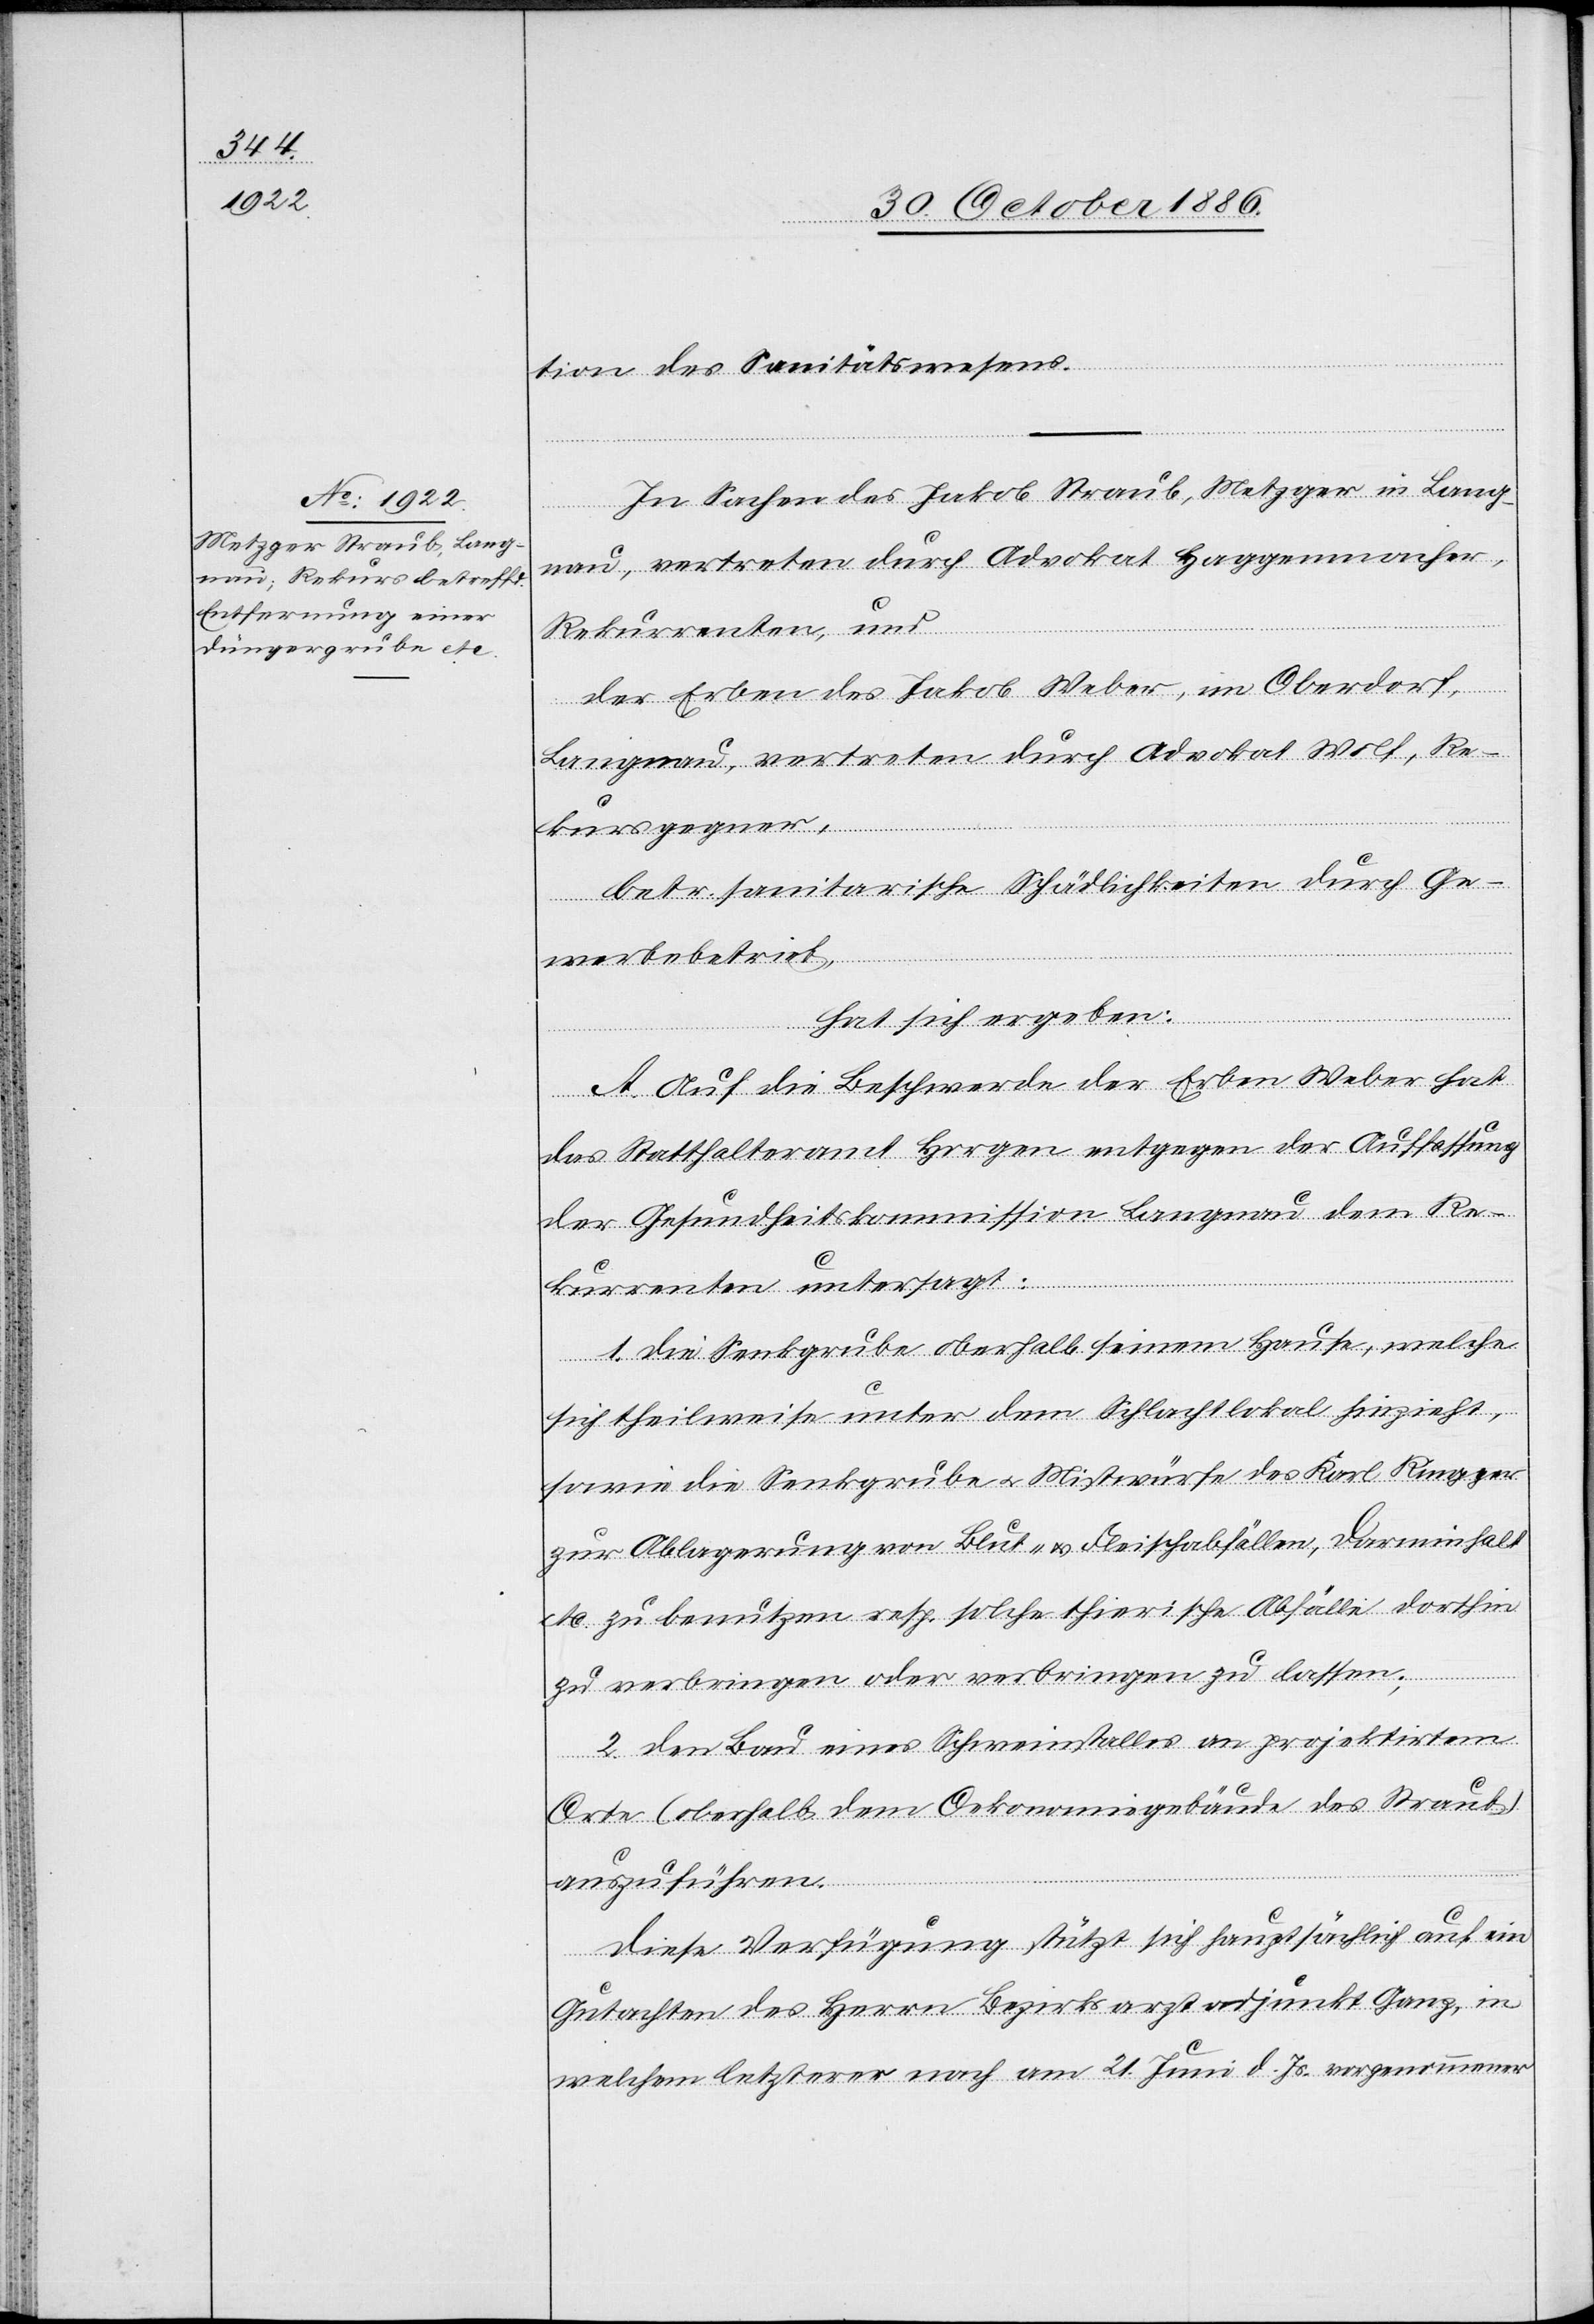
tion des Sanitätswesens.
In Sachen des Jakob Straub, Metzger in Lang¬
nau, vertreten durch Advokat Haggenmacher,
Rekurrenten, und
der Erben des Jakob Weber, im Oberdorf,
Langnau, vertreten durch Advokat Wolf, Re¬
kursgegner,
betr. sanitarische Schädlichkeiten durch Ge¬
werbebetrieb,
hat sich ergeben:
A. Auf die Beschwerde der Erben Weber hat
das Statthalteramt Horgen entgegen der Auffassung
der Gesundheitskommission Langnau dem Re¬
kurrenten untersagt:
1. Die Senkgrube oberhalb seinem Hause, welche
sich theilweise unter dem Schlachtlokal hinzieht,
sowie die Senkgrube & Mistwürfe das Karl Ringger
zur Ablagerung von Blut- & Fleischabfällen, Darminhalt
etc. zu benutzen resp. solche thierische Abfälle dorthin
zu verbringen oder verbringen zu lassen;
2. Den Bau eines Schweinstalles an projektirtem
Orte (oberhalb dem Oekonomiegebäude des Straub)
auszuführen.
Diese Verfügung stützt sich hauptsächlich auf ein
Gutachten des Herrn Bezirksarztadjunkt Ganz, in
welchem letzterer nach am 21. Juni d. Js. vorgenommener